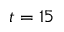
t = 1 5